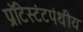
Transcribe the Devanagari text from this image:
प्रॉटेस्टंटपंथीय